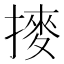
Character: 𫝾